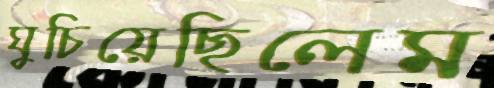
ঘুচিয়েছিলেম